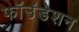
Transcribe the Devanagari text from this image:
फॉउंडेशन